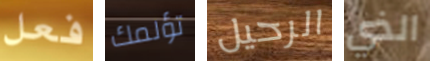
فعل تؤلمك الرحيل الذي